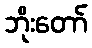
ဘိုးတော်